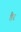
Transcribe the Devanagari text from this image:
डैर